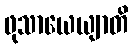
ဖုသာယေယျာတိ